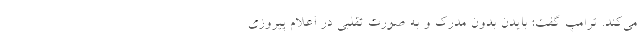
می‌کند. ترامپ گفت: بایدن بدون مدرک و به صورت تقلبی در اعلام پیروزی